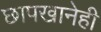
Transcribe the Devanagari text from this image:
छापखानेही